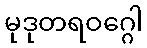
မုဒုတရဝဂ္ဂေါ